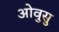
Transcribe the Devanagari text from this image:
ओवुसु